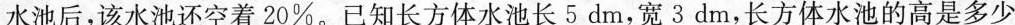
水池后，该水池还空着20\%。已知长方体水池长5dm，宽3dm，长方体水池的高是多少